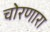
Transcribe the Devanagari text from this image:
चोरणारा